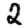
Digit: 2